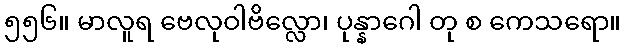
၅၅၆။ မာလူရ ဗေလုဝါဗိလ္လော၊ ပုန္နာဂေါ တု စ ကေသရော။